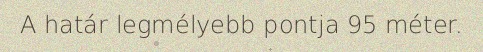
A határ legmélyebb pontja 95 méter.